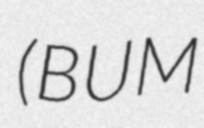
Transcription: (BUM